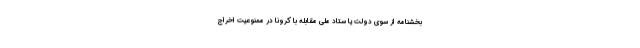
بخشنامه از سوی دولت یا ستاد ملی مقابله با کرونا در ممنوعیت اخراج